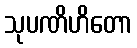
သုပဏိဟိတော